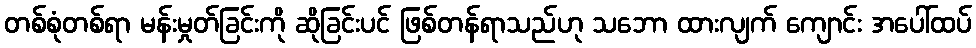
တစ်စုံတစ်ရာ မန်းမှုတ်ခြင်းကို ဆိုခြင်းပင် ဖြစ်တန်ရာသည်ဟု သဘော ထားလျက် ကျောင်း အပေါ်ထပ်